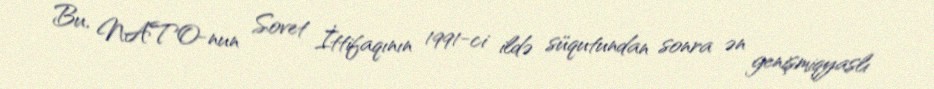
Bu, NATO-nun Sovet İttifaqının 1991-ci ildə süqutundan sonra ən genişmiqyaslı